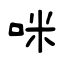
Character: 咪